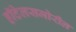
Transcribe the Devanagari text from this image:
हॉटेलसमोरील